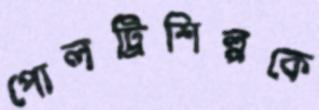
পোলট্রিশিল্পকে